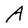
Character: A